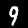
Label: 9